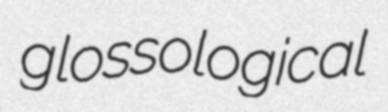
glossological